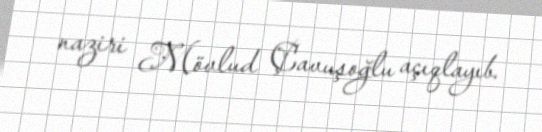
naziri Mövlud Çavuşoğlu açıqlayıb.